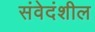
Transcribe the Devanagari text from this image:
संवेदंशील